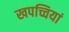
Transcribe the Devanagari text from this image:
खपच्चियां